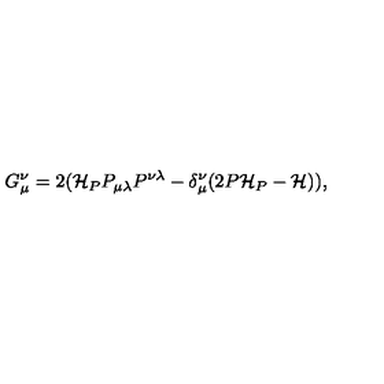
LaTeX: G _ { \mu } ^ { \nu } = 2 ( { \cal H } _ { P } P _ { \mu \lambda } P ^ { \nu \lambda } - \delta _ { \mu } ^ { \nu } ( 2 P { \cal H } _ { P } - { \cal H } ) ) ,